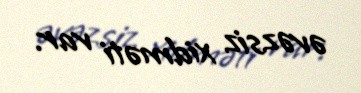
əvəzsiz xidməti var.